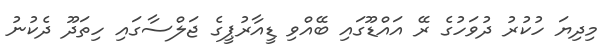
މިދިޔަ ހުކުރު ދުވަހުގެ ރޭ އައްޑޫގައި ބޭއްވި ޑީއާރުޕީގެ ޖަލްސާގައި ހިތަދޫ ދެކުނު